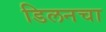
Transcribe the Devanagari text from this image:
डिलनचा